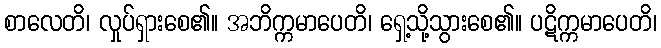
စာလေတိ၊ လှုပ်ရှားစေ၏။ အဘိက္ကမာပေတိ၊ ရှေ့သို့သွားစေ၏။ ပဋိက္ကမာပေတိ၊